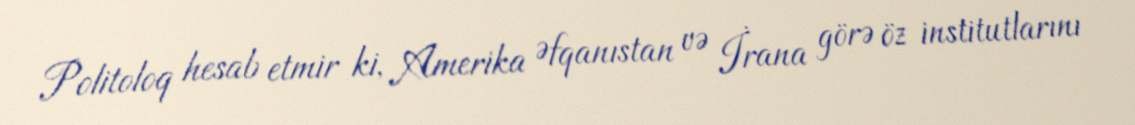
Politoloq hesab etmir ki, Amerika Əfqanıstan və İrana görə öz institutlarını